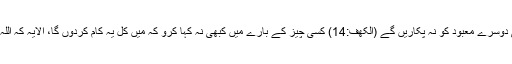
ہم کسی دوسرے معبود کو نہ پکاریں گے (الکھف:14) کسی چیز کے بارے میں کبھی نہ کہا کرو کہ میں کل یہ کام کردوں گا، الاّیہ کہ اللہ چاہے۔